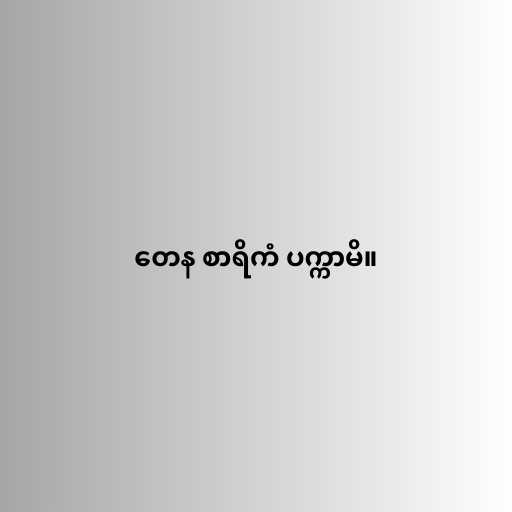
တေန စာရိကံ ပက္ကာမိ။